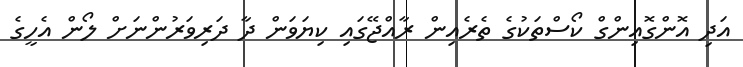
އަދި އޮންގޮއިންގް ކޯސްތަކުގެ ތެރެއިން ރާއްޖޭގައި ކިޔަވަން ދާ ދަރިވަރުންނަށް ލޯން އެހީގެ